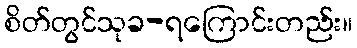
စိတ်တွင်သုခ-ရကြောင်းတည်း။